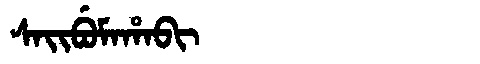
Manchu: ᠰᠠᡳᠪᡠᠮᠠᡥᠠᠪᡳ
Romanization: SAIBUMAHABI